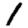
Digit: 1